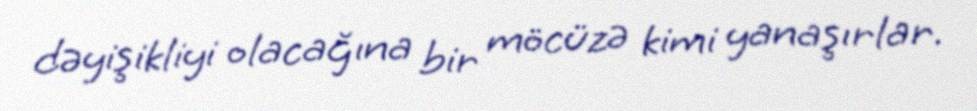
dəyişikliyi olacağına bir möcüzə kimi yanaşırlar.